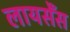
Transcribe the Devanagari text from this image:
लायसेँस